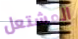
المشتعل